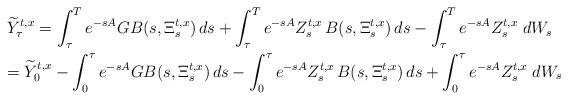
LaTeX: \begin{gather*}\widetilde Y_{\tau}^{t,x}=\int_\tau^Te^{-s{A}}G B(s,\Xi^{t,x}_s)\,ds+\int_\tau^Te^{-s{A}} Z_s^{t,x}\, B(s,\Xi^{t,x}_s)\,ds - \int_\tau^Te^{-s {A}} Z^{t,x}_{s}\;d W_s\\= \widetilde Y_{0}^{t,x} - \int_0^\tau e^{-s{A}}G B(s,\Xi^{t,x}_s)\,ds - \int_0^\tau e^{-s{A}} Z_s^{t,x}\, B(s,\Xi^{t,x}_s)\,ds + \int_0^\tau e^{-s {A}} Z^{t,x}_{s}\;d W_s\end{gather*}